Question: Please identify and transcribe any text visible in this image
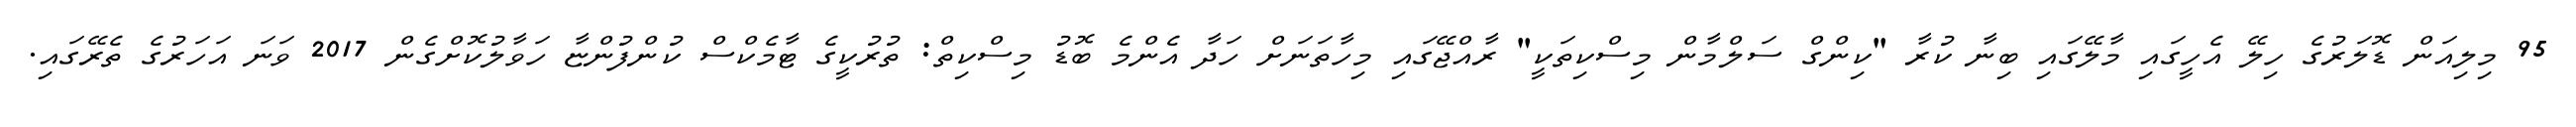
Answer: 95 މިލިއަން ޑޮލަރުގެ ހިލޭ އެހީގައި މާލޭގައި ބިނާ ކުރާ "ކިންގް ސަލްމާން މިސްކިތަކީ" ރާއްޖޭގައި މިހާތަނަށް ހަދާ އެންމެ ބޮޑު މިސްކިތް: ތުރުކީގެ ޓާމެކްސް ކުންފުންޏާ ހަވާލުކޮށްގެން 2017 ވަނަ އަހަރުގެ ތެރޭގައި.